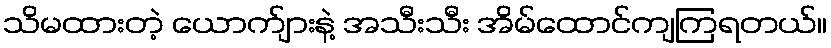
သိမထားတဲ့ ယောက်ျားနဲ့ အသီးသီး အိမ်ထောင်ကျကြရတယ်။